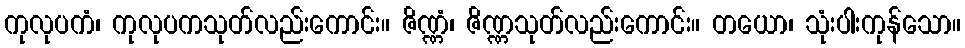
ကုလုပကံ၊ ကုလုပကသုတ်လည်းကောင်း။ ဇိဏ္ဏံ၊ ဇိဏ္ဏသုတ်လည်းကောင်း။ တယော၊ သုံးပါးကုန်သော။